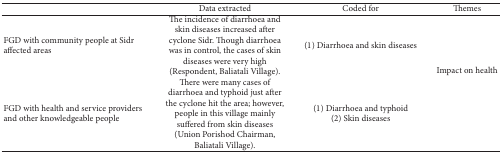
<table><thead><tr><td><b> </b></td><td><b>Data extracted</b></td><td><b>Coded for</b></td><td><b>Themes</b></td></tr></thead><tbody><tr><td>FGD with community people at Sidr affected areas</td><td>The incidence of diarrhoea and skin diseases increased after cyclone Sidr. Though diarrhoea was in control, the cases of skin diseases were very high (Respondent, Baliatali Village). </td><td>(1) Diarrhoea and skin diseases </td><td rowspan="2"> Impact on health</td></tr><tr><td>FGD with health and service providers and other knowledgeable people </td><td>There were many cases of diarrhoea and typhoid just after the cyclone hit the area; however, people in this village mainly suffered from skin diseases (Union Porishod Chairman, Baliatali Village).</td><td>(1) Diarrhoea and typhoid(2) Skin diseases </td></tr></tbody></table>